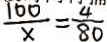
\frac { 1 0 0 } { x } = \frac { 4 } { 8 0 }